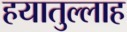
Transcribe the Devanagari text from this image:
हयातुल्लाह